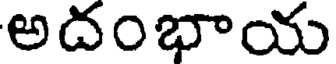
అదంభాయ